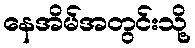
နေအိမ်အတွင်းသို့